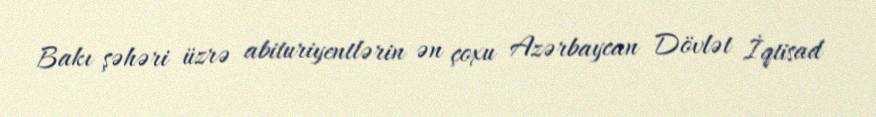
Bakı şəhəri üzrə abituriyentlərin ən çoxu Azərbaycan Dövlət İqtisad